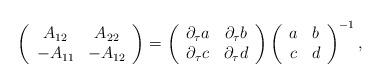
LaTeX: \begin{align*}\left( \begin{array}{cc}A_{12} & A_{22} \\ -A_{11} & -A_{12}\end{array}\right) =\left( \begin{array}{cc}\partial _\tau a & \partial _\tau b \\ \partial _\tau c & \partial _\tau d\end{array}\right) \left( \begin{array}{cc}a & b \\ c & d\end{array}\right) ^{-1},\end{align*}